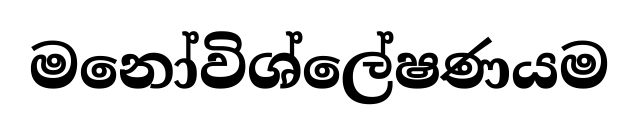
මනෝවිශ්ලේෂණයම